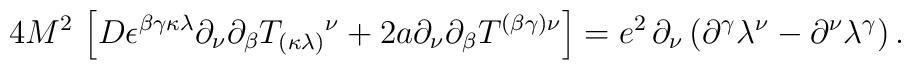
{4M^{2}}\,\left[ D\epsilon ^{\beta \gamma \kappa \lambda }\partial_{\nu }{\partial _{\beta }}T_{(\kappa \lambda )}{}^{\nu}+2a\partial _{\nu }{\partial _{\beta }}T^{(\beta \gamma )\nu }\right] =e^2\,\partial _{\nu }\left( {\partial }^{\gamma }\lambda ^{\nu }-{\partial }^{\nu }\lambda ^{\gamma}\right).